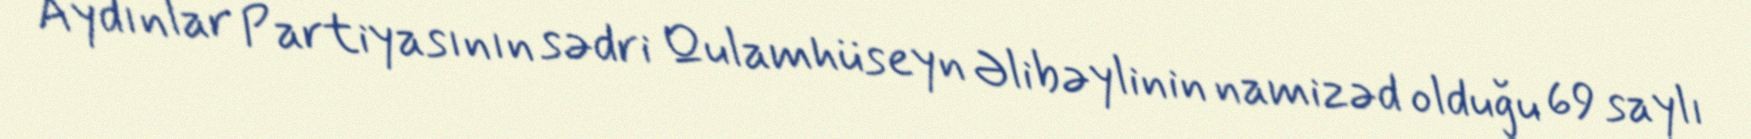
Aydınlar Partiyasının sədri Qulamhüseyn Əlibəylinin namizəd olduğu 69 saylı